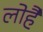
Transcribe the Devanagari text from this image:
लोहै